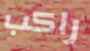
راكب